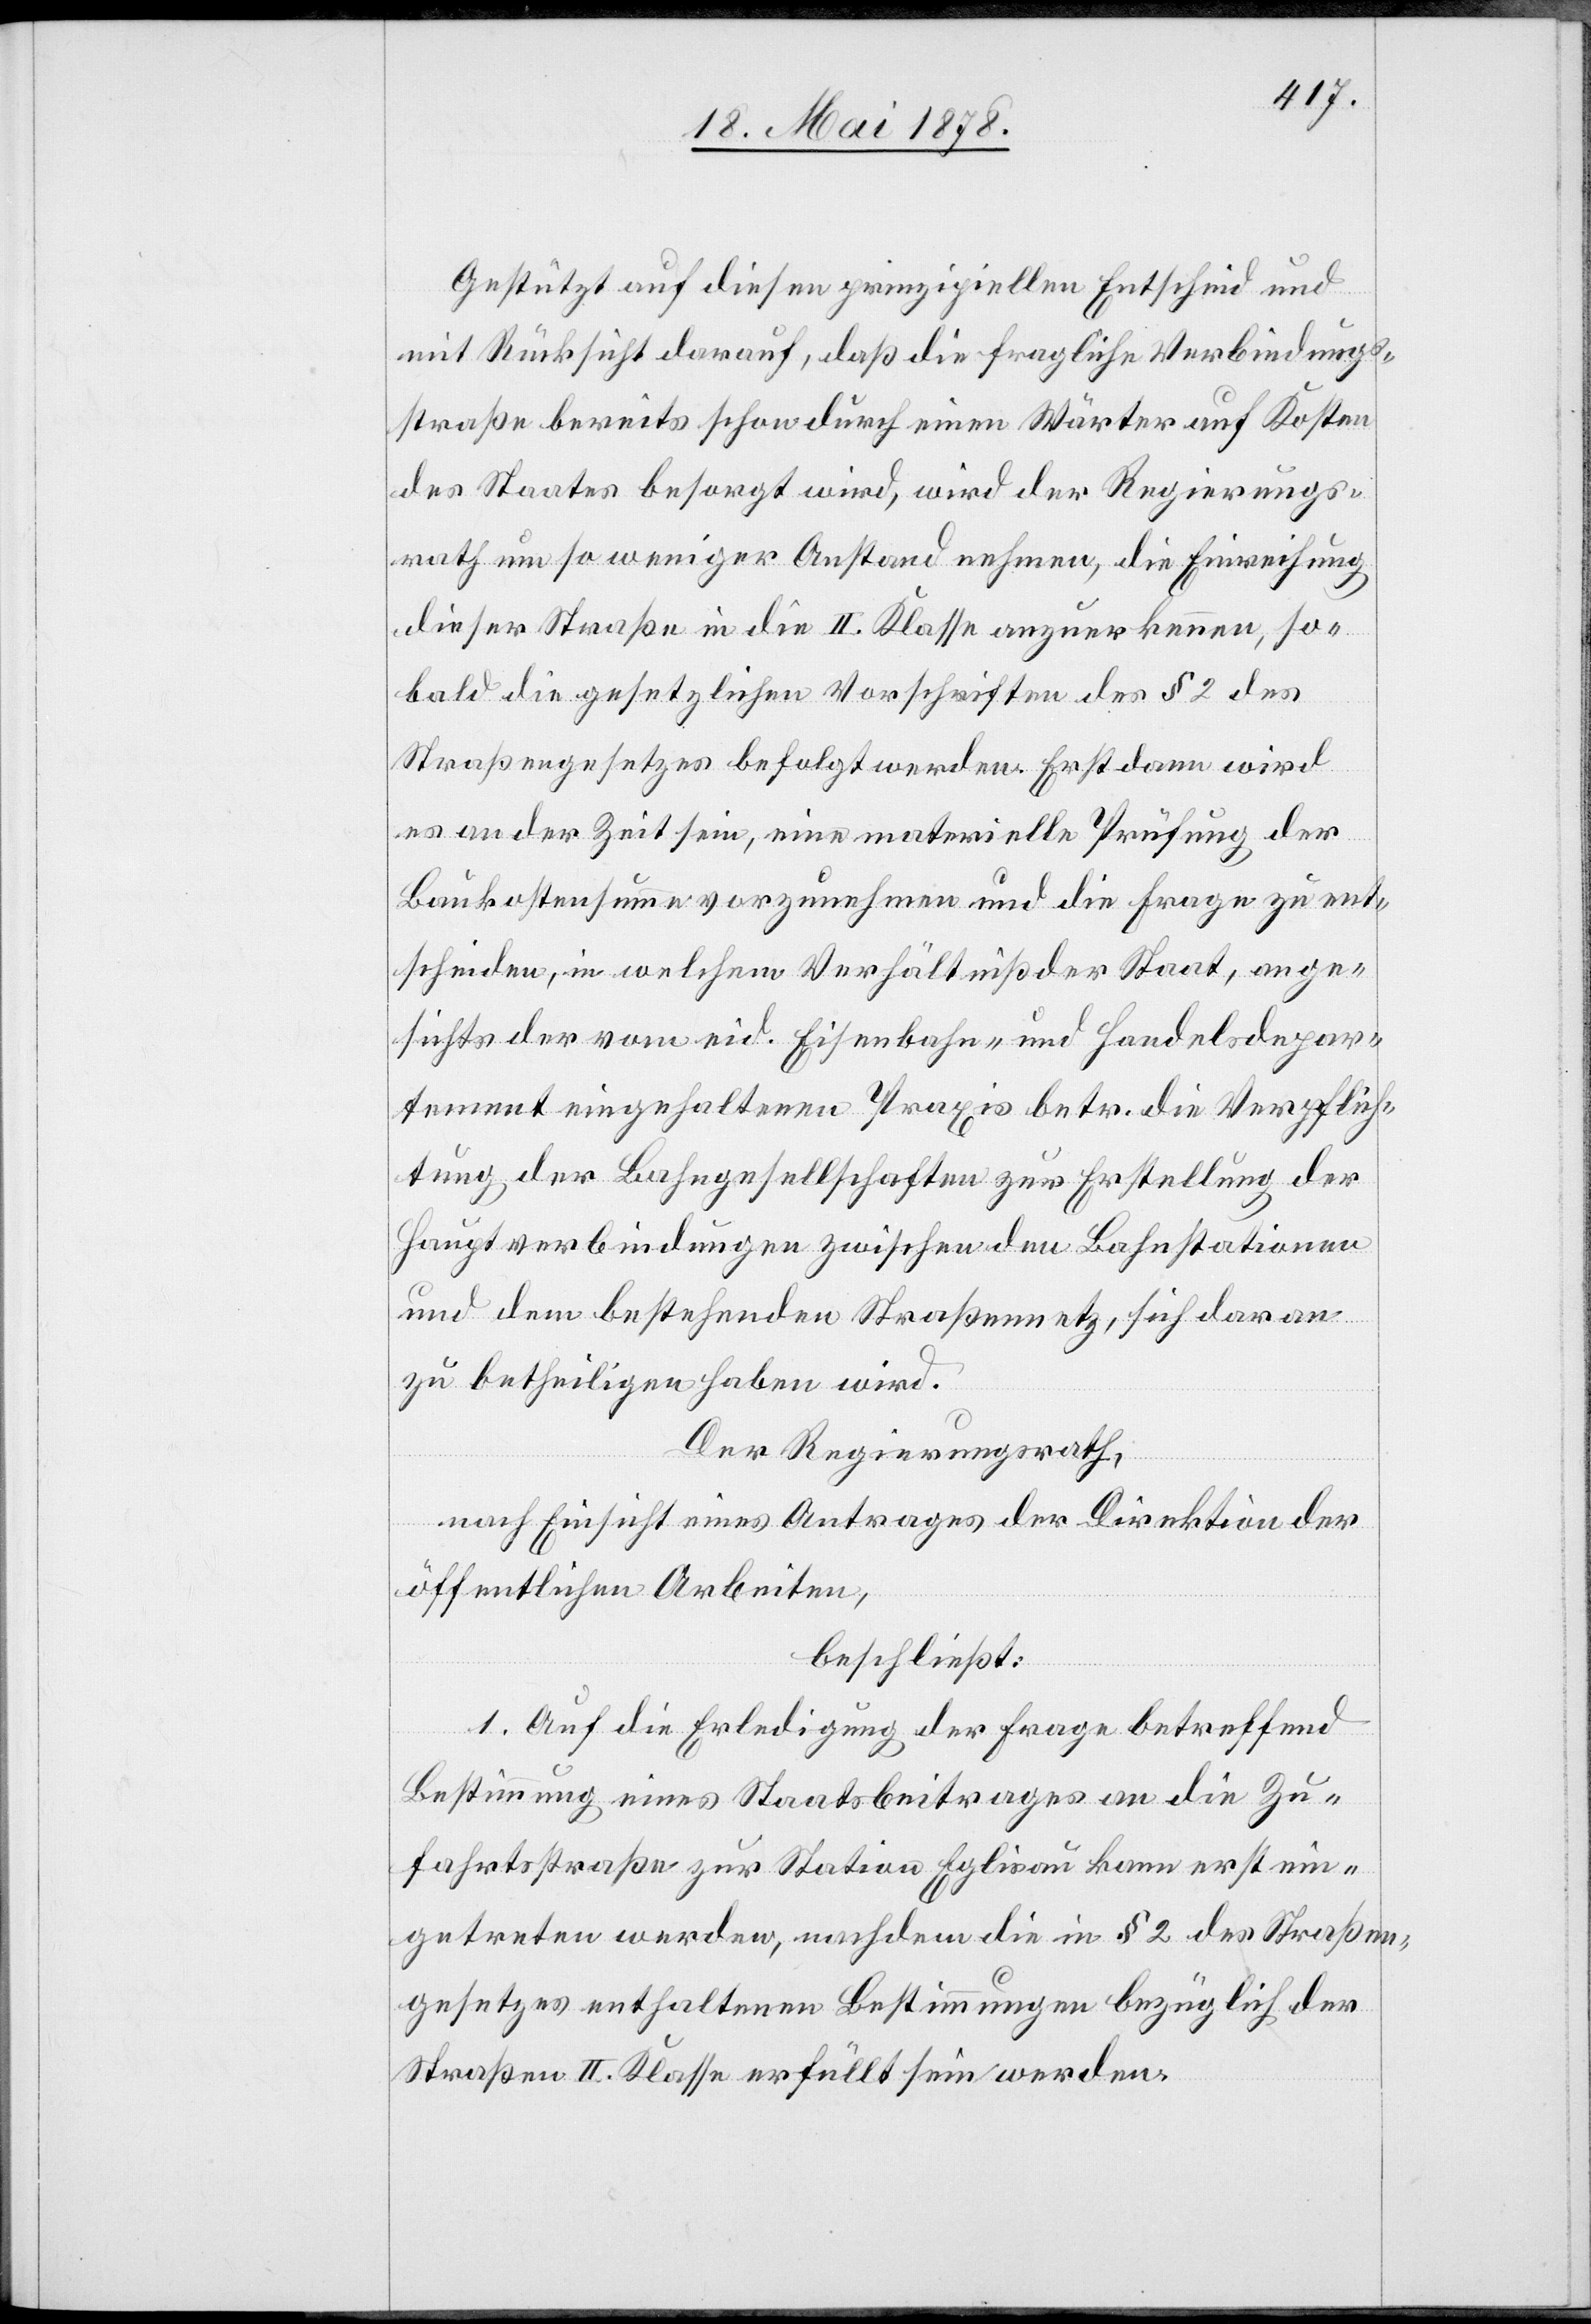
Gestützt auf diesen prinzipiellen Entscheid und
mit Rücksicht darauf, daß die fragliche Verbindungs¬
straße bereits schon durch einen Wärter auf Kosten
des Staates besorgt wird, wird der Regierungs¬
rath um so weniger Anstand nehmen, die Einreihung
sobald die gesetzlichen Vorschriften des § 2 des
Straßengesetzes befolgt werden. Erst dann wird
es an der Zeit sein, eine materielle Prüfung der
Baukostensumme vorzunehmen und die Frage zu ent¬
scheiden, in welchem Verhältniß der Staat, ange¬
sichts der vom eid. Eisenbahn- und Handelsdepar¬
tement eingehaltenen Praxis betr. die Verpflich¬
tung der Bahngesellschaften zur Erstellung der
Hauptverbindungen zwischen den Bahnstationen
und dem bestehenden Straßennetz, sich daran
zu betheiligen haben wird.
Der Regierungsrath,
nach Einsicht eines Antrages der Direktion der
öffentlichen Arbeiten,
beschließt:
1. Auf die Erledigung der Frage betreffend
Bestimmung eines Staatsbeitrages an die Zu¬
fahrtsstraße zur Station Eglisau kann erst ein¬
getreten werden, nachdem die in § 2 des Straßen¬
gesetzes enthaltenen Bestimmungen bezüglich der
Straßen II. Klasse erfüllt sein werden.